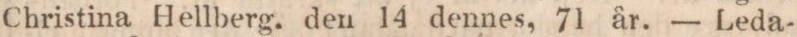
Christina Hellberg. den 14 dennes, 71 år. — Leda-